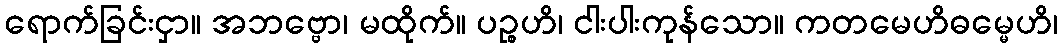
ရောက်ခြင်းငှာ။ အဘဗ္ဗော၊ မထိုက်။ ပဉ္စဟိ၊ ငါးပါးကုန်သော။ ကတမေဟိဓမ္မေဟိ၊